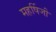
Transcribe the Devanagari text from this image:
महर्षिजी